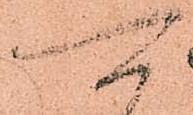
可